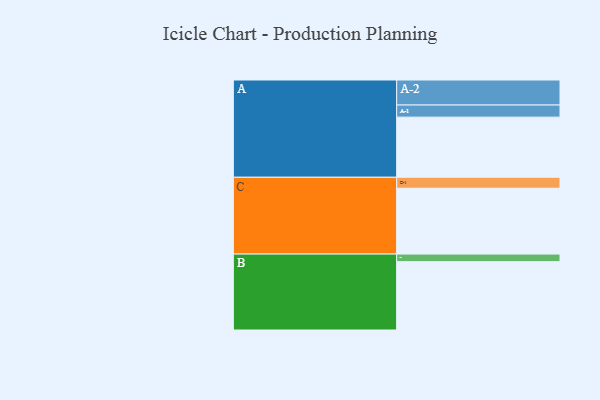
{"axis": {"x": "Segment", "y": "Value"}, "legend": ["", "A", "B", "C"], "data": [{"x": "A", "y": 476, "type": ""}, {"x": "B", "y": 541, "type": ""}, {"x": "C", "y": 521, "type": ""}, {"x": "A-1", "y": 96, "type": "A"}, {"x": "A-2", "y": 198, "type": "A"}, {"x": "B-1", "y": 60, "type": "B"}, {"x": "C-1", "y": 87, "type": "C"}]}